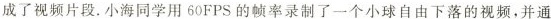
成了视频片段，小海同学用60FPS的帧率录制了一个小球自由下落的视频，并通